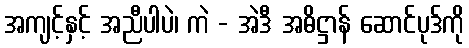
အကျင့်နှင့် အညီပါပဲ၊ ကဲ - အဲဒီ အဓိဋ္ဌာန် ဆောင်ပုဒ်ကို